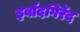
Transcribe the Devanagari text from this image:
इर्बादगिर्रेद